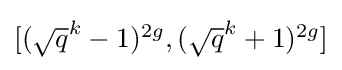
{\textstyle [({\sqrt {q}}^{k}-1)^{2g},({\sqrt {q}}^{k}+1)^{2g}]}